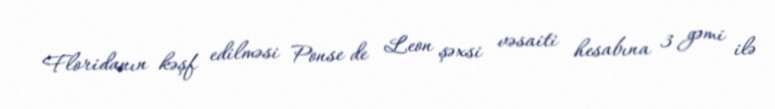
Floridanın kəşf edilməsi Ponse de Leon şəxsi vəsaiti hesabına 3 gəmi ilə